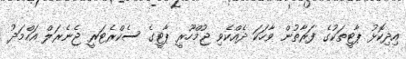
އިދިކޮޅު ޕާޓީތަކުގެ ފަރާތުން ވާހަކަ ދެއްކެވި ޖުމްހޫރީ ޕާޓީގެ ސެކްރެޓަރީ ޖެނެރަލް އަހްމަދު